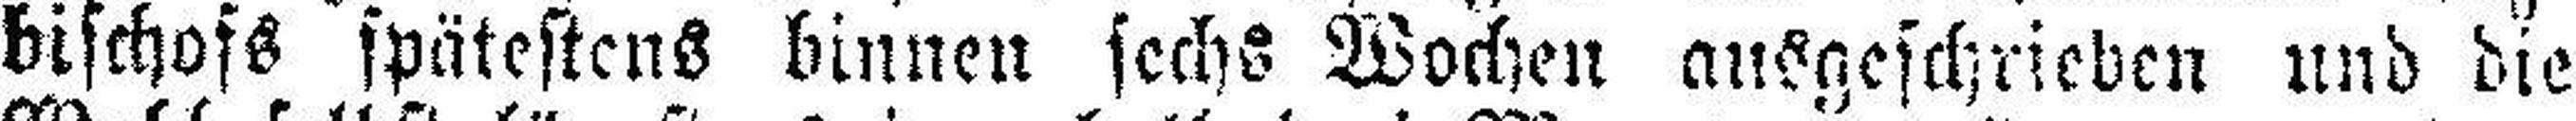
bischofs spätestens binnen sechs Wochen ausgeschrieben und die